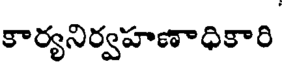
కార్యనిర్వహణాధికారి